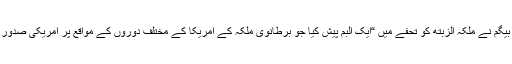
وہائٹ ہاؤس کا کہنا ہے کہ امریکی صدر اور ان کی بیگم نے ملکہ الزبتھ کو تحفے میں “ایک البم پیش کیا جو برطانوی ملکہ کے امریکا کے مختلف دوروں کے مواقع پر امریکی صدور اور ان کی بیگمات کے ساتھ تصاویر پر مشتمل تھا”۔